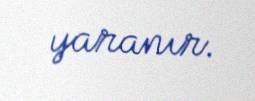
yaranır.